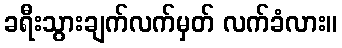
ခရီးသွားချက်လက်မှတ် လက်ခံလား။